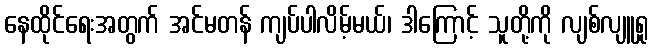
နေထိုင်ရေးအတွက် အင်မတန် ကျပ်ပါလိမ့်မယ်၊ ဒါကြောင့် သူတို့ကို လျစ်လျူရှု